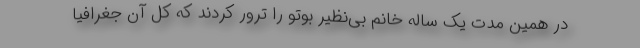
در همین مدت یک ساله خانم بی‌نظیر بوتو را ترور کردند که کل آن جغرافیا